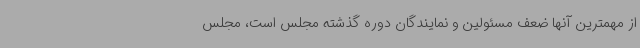
از مهمترین آنها ضعف مسئولین و نمایندگان دوره گذشته مجلس است، مجلس